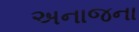
અનાજના